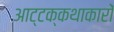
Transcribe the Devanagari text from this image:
आट्टक्कथाकारों